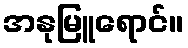
အနုမြူရောင်။